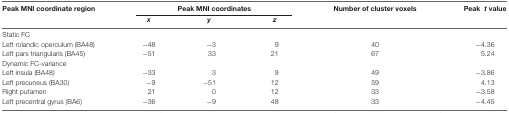
| Peak MNI coordinate region | <COLSPAN=3> Peak MNI coordinates | Number of cluster voxels | Peak  t value |
 |  | x | y | z |
 | --- | --- | --- | --- | --- | --- |
 | Static FC |  |  |  |  |  |
 | Left rolandic operculum (BA48) | −48 | −3 | 9 | 40 | −4.36 |
 | Left pars triangularis (BA45) | −51 | 33 | 21 | 67 | 5.24 |
 | Dynamic FC-variance |  |  |  |  |  |
 | Left insula (BA48) | −33 | 3 | 9 | 49 | −3.86 |
 | Left precuneus (BA30) | −9 | −51 | 12 | 59 | 4.13 |
 | Right putamen | 21 | 0 | 12 | 33 | −3.58 |
 | Left precentral gyrus (BA6) | −36 | −9 | 48 | 33 | −4.45 |